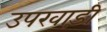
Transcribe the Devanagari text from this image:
उपखाड़ी